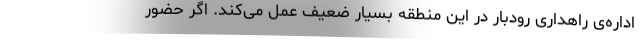
اداره‌ی راهداری رودبار در این منطقه بسیار ضعیف عمل می‌کند. اگر حضور